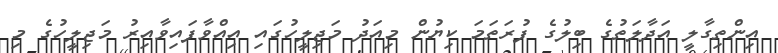
އިންތިގާލީ އަދާލަތުގެ ބިލުގެ ފުރަތަމަ ކިޔުން މިއަދު މަޖިލީހުގައި އިއްވާފައިވާއިރު މަޖިލީހުގެ މި